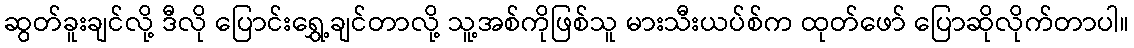
ဆွတ်ခူးချင်လို့ ဒီလို ပြောင်းရွှေ့ချင်တာလို့ သူ့အစ်ကိုဖြစ်သူ မားသီးယပ်စ်က ထုတ်ဖော် ပြောဆိုလိုက်တာပါ။